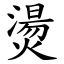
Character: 燙